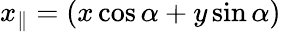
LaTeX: x_{\| }=(x\cos\alpha+y\sin\alpha)